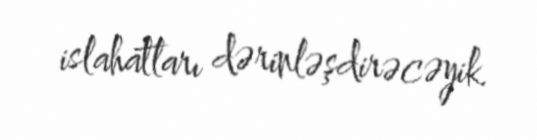
islahatları dərinləşdirəcəyik.